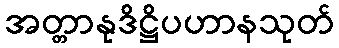
အတ္တာနုဒိဋ္ဌိပဟာနသုတ်